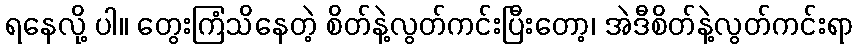
ရနေလို့ ပါ။ တွေးကြံသိနေတဲ့ စိတ်နဲ့လွတ်ကင်းပြီးတော့၊ အဲဒီစိတ်နဲ့လွတ်ကင်းရာ